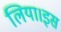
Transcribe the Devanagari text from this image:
लिया।इस